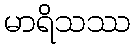
မာရိသဿ